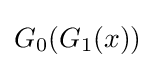
G_{0}(G_{1}(x))